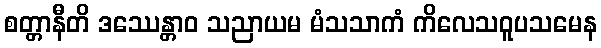
စတ္တာနီတိ ဒဿေန္တာဝ သညာယမ မံသသာကံ ကိလေသဝူပသမေန